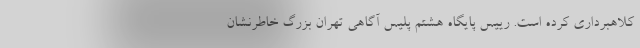
کلاهبرداری کرده است. رییس پایگاه هشتم پلیس آگاهی تهران بزرگ خاطرنشان